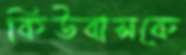
কিউবাসকে